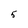
Character: 5